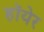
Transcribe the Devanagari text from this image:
हॉयेर